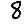
Digit: 8